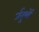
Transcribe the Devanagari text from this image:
र्जतुभों